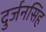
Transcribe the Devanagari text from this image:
दुर्जनसिंह